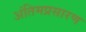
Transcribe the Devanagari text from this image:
अंतिमप्रसारण